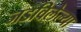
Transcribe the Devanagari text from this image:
जडविलेल्या